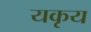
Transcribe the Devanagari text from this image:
यकृय